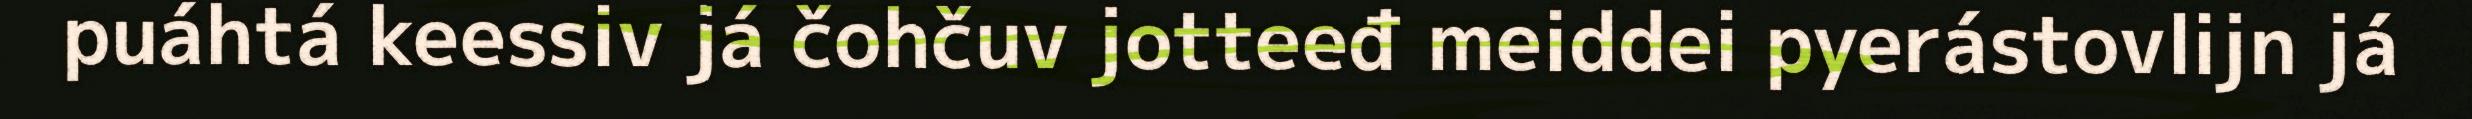
puáhtá keessiv já čohčuv jotteeđ meiddei pyerástovlijn já